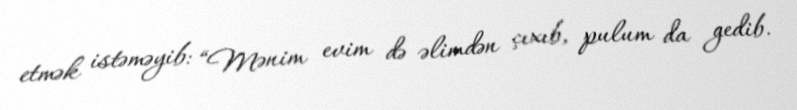
etmək istəməyib: “Mənim evim də əlimdən çıxıb, pulum da gedib.